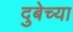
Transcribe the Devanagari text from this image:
दुबेच्या